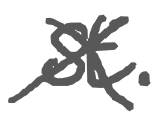
Text: St.
Cross-out: cross
Writing tool: digital_gray